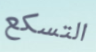
التسكع